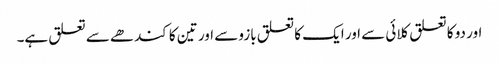
اور دو کا تعلق کلائی سے اور ایک کا تعلق بازو سے اور تین کا کندھے سے تعلق ہے۔